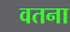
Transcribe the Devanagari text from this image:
वतना